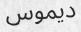
ديموس